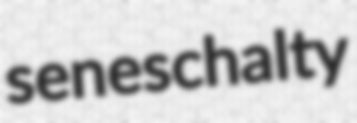
seneschalty